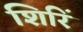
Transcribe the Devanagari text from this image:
शिरिं